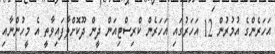
އަހަރެންގެ އުމުރުން 12 އަހަރުގައި އަހަރެން ކްރިސްޓިއަން ދީން ދޫކޮށްލާފައިވާތީ އެ މީހުންނާއި